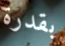
بقدرة